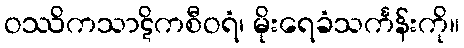
ဝဿိကသာဋိကစီဝရံ၊ မိုးရေခံသင်္ကန်းကို။